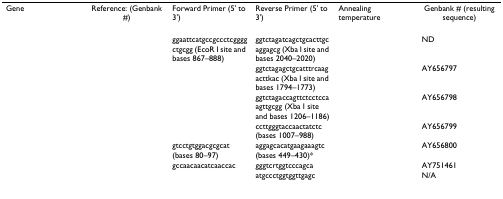
<table><thead><tr><td><b>Gene</b></td><td><b>Reference: (Genbank #)</b></td><td><b>Forward Primer (5' to 3')</b></td><td><b>Reverse Primer (5' to 3')</b></td><td><b>Annealing temperature</b></td><td><b>Genbank # (resulting sequence)</b></td></tr></thead><tbody><tr><td>[EMPTY_CELL]</td><td>[EMPTY_CELL]</td><td>ggaattcatgccgccctcggggctgcgg (EcoR I site and bases 867–888)</td><td>ggtctagatcagctgcacttgcaggagcg (Xba I site and bases 2040–2020)</td><td>[EMPTY_CELL]</td><td>ND</td></tr><tr><td>[EMPTY_CELL]</td><td>[EMPTY_CELL]</td><td>[EMPTY_CELL]</td><td>ggtctagagctgcatttrcaagacttkac (Xba I site and bases 1794–1773)</td><td>[EMPTY_CELL]</td><td>AY656797</td></tr><tr><td>[EMPTY_CELL]</td><td>[EMPTY_CELL]</td><td>[EMPTY_CELL]</td><td>ggtctagaccagttctcctccaagttgcgg (Xba I site and bases 1206–1186)</td><td>[EMPTY_CELL]</td><td>AY656798</td></tr><tr><td>[EMPTY_CELL]</td><td>[EMPTY_CELL]</td><td>[EMPTY_CELL]</td><td>ccttgggtaccaactatctc (bases 1007–988)</td><td>[EMPTY_CELL]</td><td>AY656799</td></tr><tr><td>[EMPTY_CELL]</td><td>[EMPTY_CELL]</td><td>gtcctgtggacgcgcat (bases 80–97)</td><td>aggagcacatgaagaaagtc (bases 449–430)*</td><td>[EMPTY_CELL]</td><td>AY656800</td></tr><tr><td>[EMPTY_CELL]</td><td>[EMPTY_CELL]</td><td>gccaacaacatcaaccac</td><td>gggtcrtggtcccagca</td><td>[EMPTY_CELL]</td><td>AY751461</td></tr><tr><td>[EMPTY_CELL]</td><td>[EMPTY_CELL]</td><td>[EMPTY_CELL]</td><td>atgccctggtggttgagc</td><td>[EMPTY_CELL]</td><td>N/A</td></tr></tbody></table>